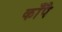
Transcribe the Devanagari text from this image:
काँपै